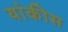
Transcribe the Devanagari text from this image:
यांकीस